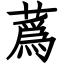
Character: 蔿